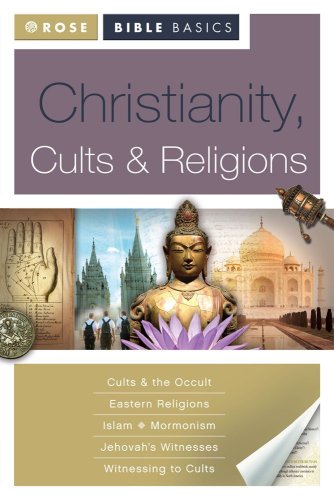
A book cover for Rose Bible Basics: Christianity, Cults & Religions; Rose Publishing; Christian Books & Bibles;